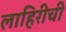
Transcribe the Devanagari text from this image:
लाहिरीची